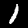
Digit: 1